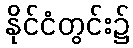
နိုင်ငံတွင်း၌